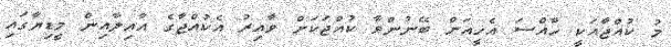
މު ކުއްޖާއަކީ ޚާއްސަ އެހީއަށް ބޭނުންވާ ކުއްޖަކަށް ވާއިރު އެކުއްޖާގެ އާއިލާއިން މީޑިޔާގައި